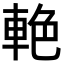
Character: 𨋭